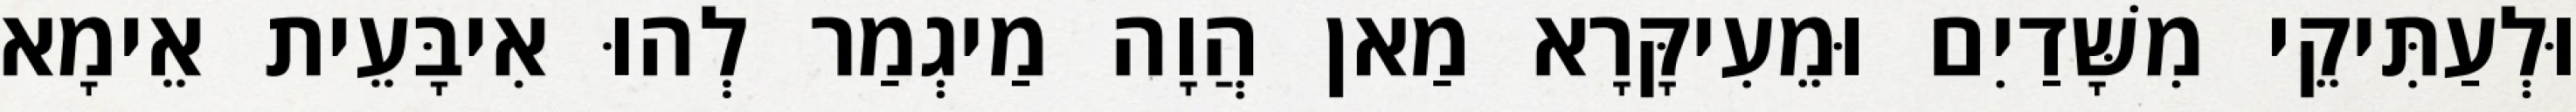
וּלְעַתִּיקֵי מִשָּׁדַיִם וּמֵעִיקָּרָא מַאן הֲוָה מַיגְמַר לְהוּ אִיבָּעֵית אֵימָא